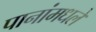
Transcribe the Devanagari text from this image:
पानांमधले